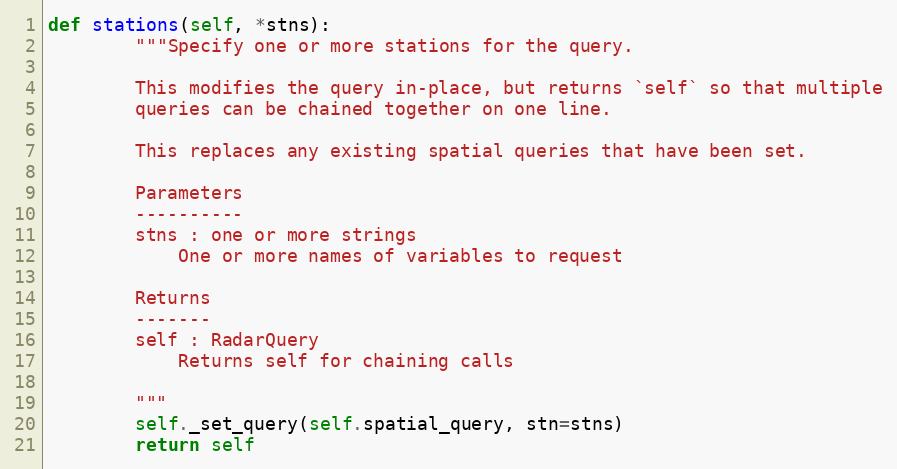
Language: Python
def stations(self, *stns):
        """Specify one or more stations for the query.

        This modifies the query in-place, but returns `self` so that multiple
        queries can be chained together on one line.

        This replaces any existing spatial queries that have been set.

        Parameters
        ----------
        stns : one or more strings
            One or more names of variables to request

        Returns
        -------
        self : RadarQuery
            Returns self for chaining calls

        """
        self._set_query(self.spatial_query, stn=stns)
        return self